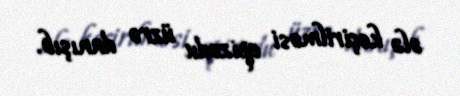
ələ keçirilməsi epizodu üzrə danışıb.